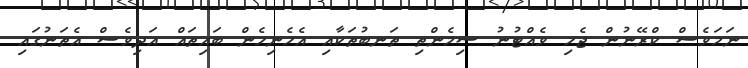
ނަމަވެސް ކްރޭނުން ޖެހި ވެއްޓުނު ސިމެންތި ތަނބުތަކާއި އެހެނިހެން ބައިތައް އަދިވެސް އެތަނުގައި